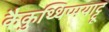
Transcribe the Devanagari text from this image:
कैकुथ्थिप्पयाट्टू